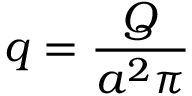
q = \frac { Q } { a ^ { 2 } \pi }